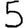
Digit: 5